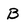
Character: B